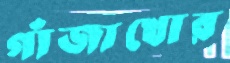
গাঁজাখোর